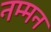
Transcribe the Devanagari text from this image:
नम्मन